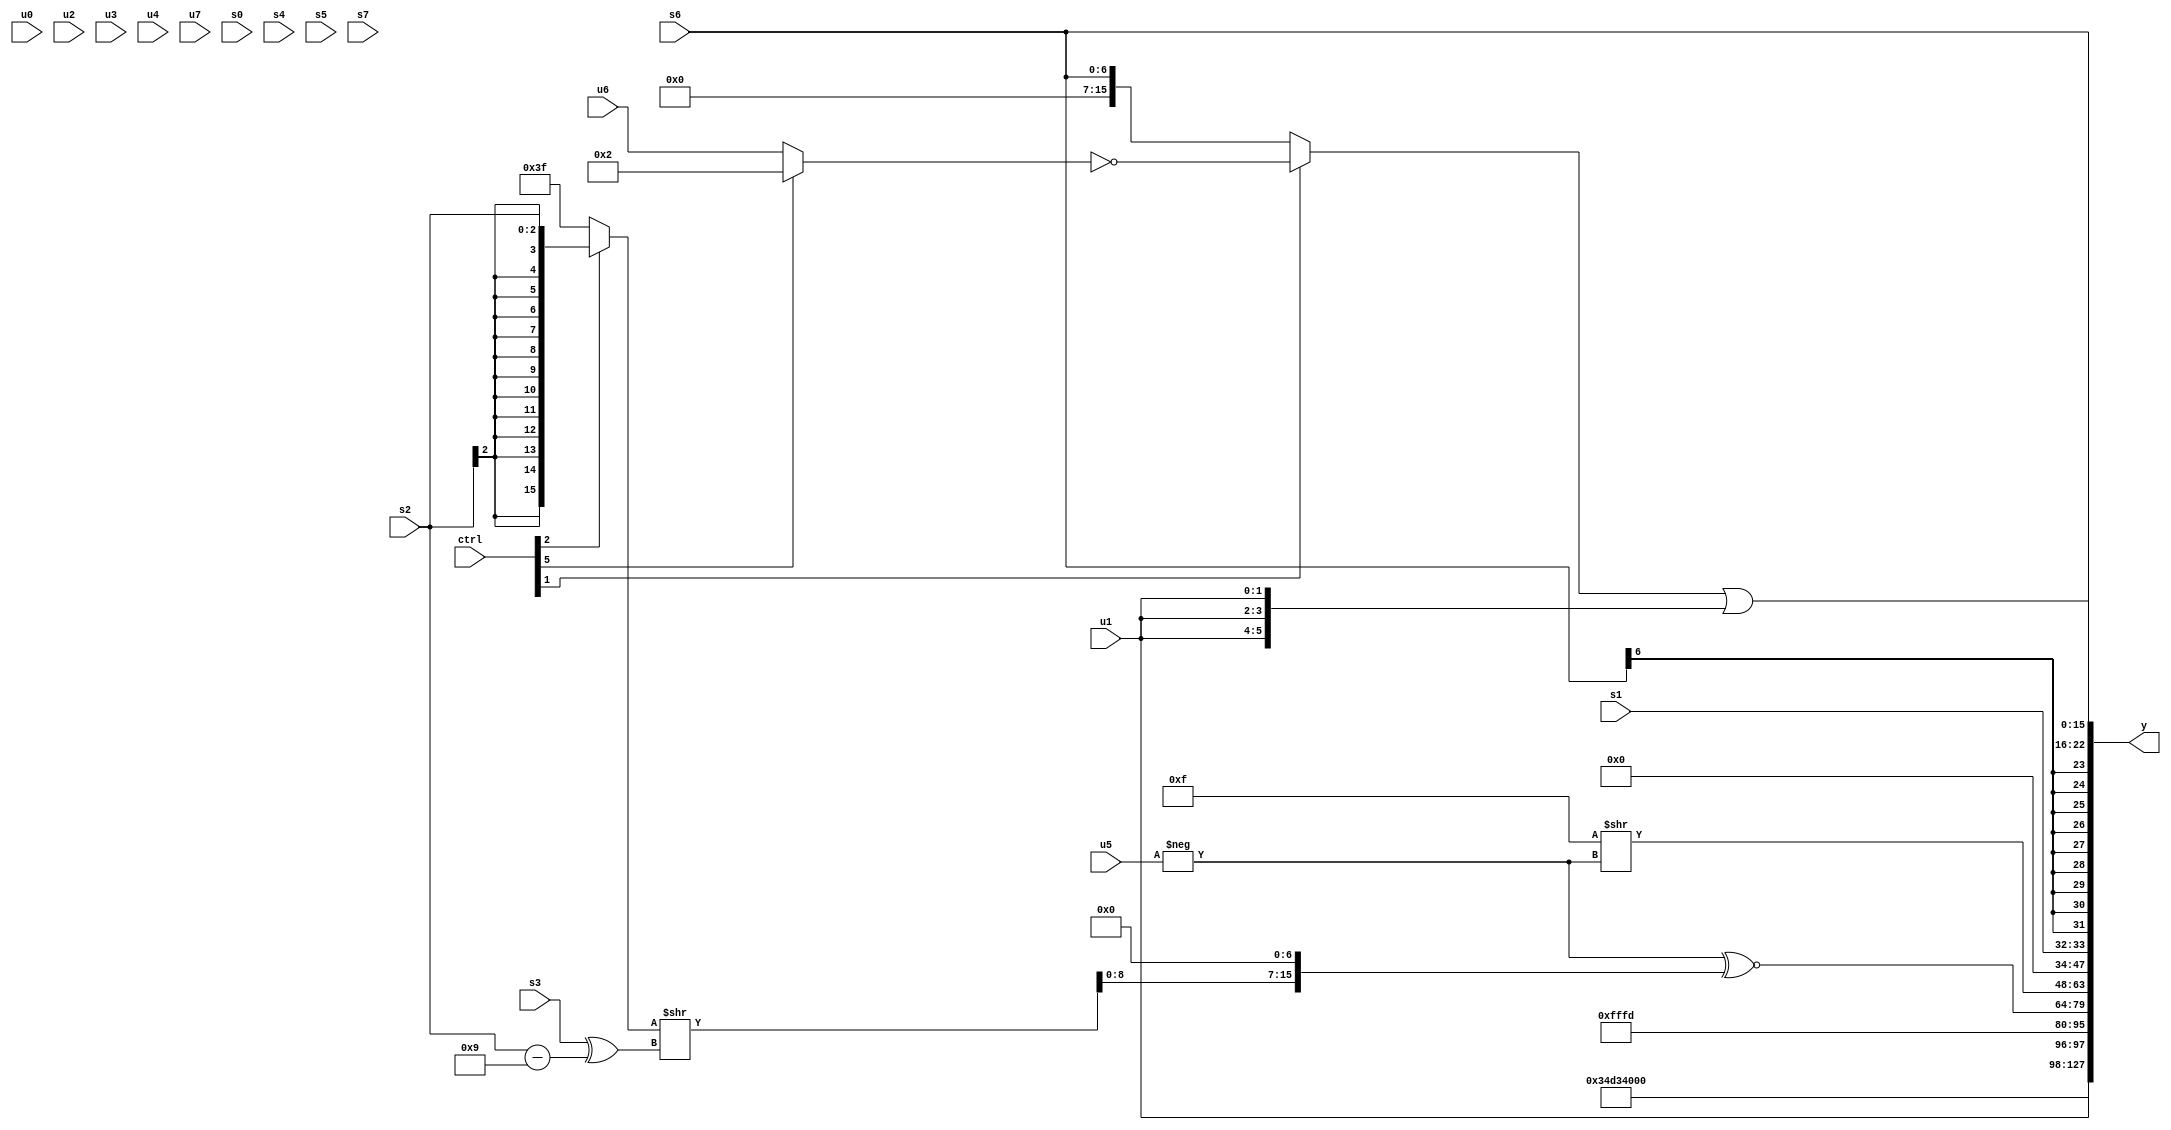
module wideexpr_00863(ctrl, u0, u1, u2, u3, u4, u5, u6, u7, s0, s1, s2, s3, s4, s5, s6, s7, y);
  input [7:0] ctrl;
  input [0:0] u0;
  input [1:0] u1;
  input [2:0] u2;
  input [3:0] u3;
  input [4:0] u4;
  input [5:0] u5;
  input [6:0] u6;
  input [7:0] u7;
  input signed [0:0] s0;
  input signed [1:0] s1;
  input signed [2:0] s2;
  input signed [3:0] s3;
  input signed [4:0] s4;
  input signed [5:0] s5;
  input signed [6:0] s6;
  input signed [7:0] s7;
  output [127:0] y;
  wire [15:0] y0;
  wire [15:0] y1;
  wire [15:0] y2;
  wire [15:0] y3;
  wire [15:0] y4;
  wire [15:0] y5;
  wire [15:0] y6;
  wire [15:0] y7;
  assign y = {y0,y1,y2,y3,y4,y5,y6,y7};
  assign y0 = $signed({4{6'b001101}});
  assign y1 = u1;
  assign y2 = 6'sb111101;
  assign y3 = ($signed(-(u5)))^~((+(((ctrl[2]?s2:((2'sb11)-(2'sb01))>>(6'b001010)))>>((s3)^(+((s2)-(4'sb1001))))))<<($signed(($signed(4'b0110))-(3'sb111))));
  assign y4 = ({4{^(2'sb10)}})>>(-(u5));
  assign y5 = $unsigned(s1);
  assign y6 = s6;
  assign y7 = ((ctrl[1]?~((ctrl[5]?3'sb010:$signed(u6))):{1{$signed(s6)}}))|({3{u1}});
endmodule